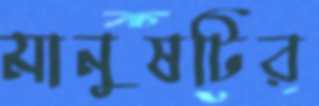
মানুষটির